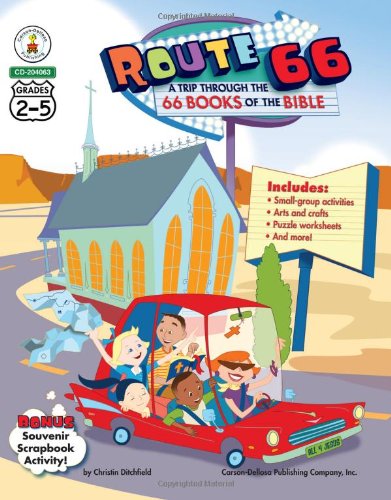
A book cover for Route 66: A Trip through the 66 Books of the Bible, Grades 2 - 5; Christin Ditchfield; Christian Books & Bibles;